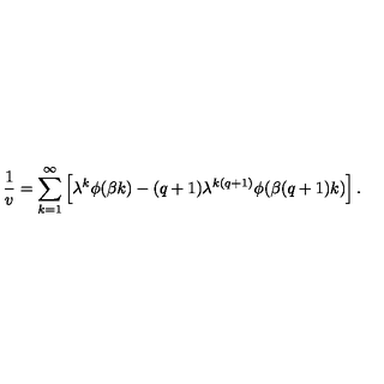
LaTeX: \frac 1 v = \sum _ { k = 1 } ^ { \infty } \left[ \lambda ^ { k } \phi ( \beta k ) - ( q + 1 ) \lambda ^ { k ( q + 1 ) } \phi ( \beta ( q + 1 ) k ) \right] .